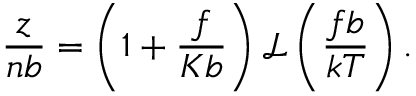
\frac { z } { n b } = \left( 1 + \frac { f } { K b } \right) \mathcal { L } \left( \frac { f b } { k T } \right) .